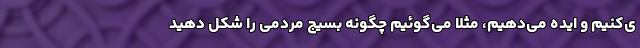
ی‌کنیم و ایده می‌دهیم، مثلاً می‌گوئیم چگونه بسیج مردمی را شکل دهید